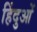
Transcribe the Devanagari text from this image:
हिंदुआें